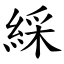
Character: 綵